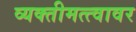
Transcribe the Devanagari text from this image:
व्यक्तीमत्त्वावर